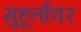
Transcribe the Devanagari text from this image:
मुहूर्तांवर